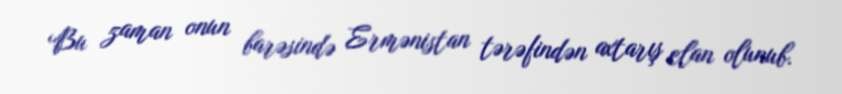
Bu zaman onun barəsində Ermənistan tərəfindən axtarış elan olunub.